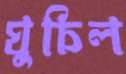
ঘুচিল